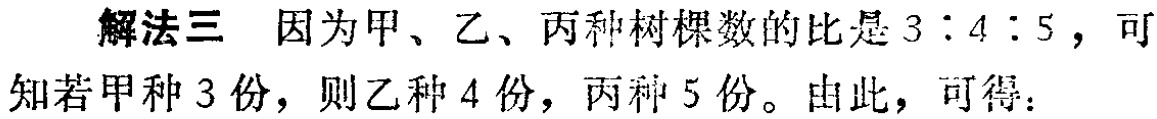
解法三 因为甲、乙、丙种树棵数的比是\(3:4:5\)，可知若甲种\(3\)份，则乙种\(4\)份，丙种\(5\)份。由此，可得：